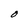
Character: O